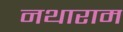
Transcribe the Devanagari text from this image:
नथाराम